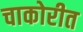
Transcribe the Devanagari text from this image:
चाकोरीत